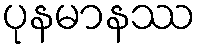
ပုနမာနဿ